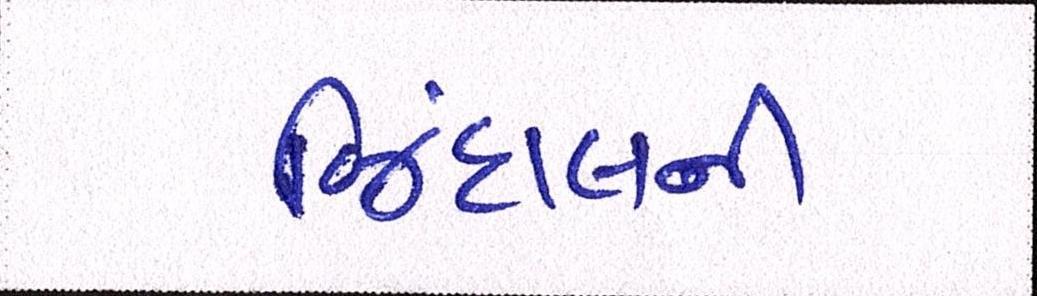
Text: જિંદાલની